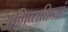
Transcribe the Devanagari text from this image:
अभिव्‍यक्तियां